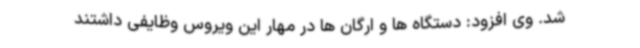
شد. وی افزود: دستگاه ها و ارگان ها در مهار این ویروس وظایفی داشتند